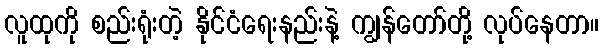
လူထုကို စည်းရုံးတဲ့ နိုင်ငံရေးနည်းနဲ့ ကျွန်တော်တို့ လုပ်နေတာ။